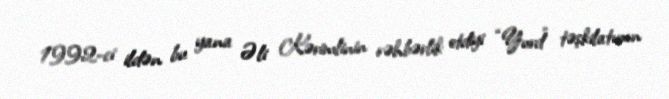
1992-ci ildən bu yana Əli Kərimlinin rəhbərlik etdiyi “Yurd” təşkilatının